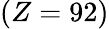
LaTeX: (Z=92)